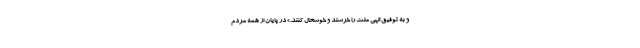
و به توفیق الهی ملت را خرسند و خوشحال کنند.» در پایان از همه مردم